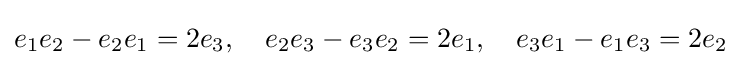
e_{1}e_{2}-e_{2}e_{1}=2e_{3},\quad e_{2}e_{3}-e_{3}e_{2}=2e_{1},\quad e_{3}e_{1}-e_{1}e_{3}=2e_{2}